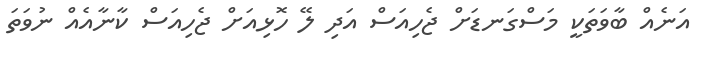
އަނެއް ބާވަތަކީ މަސްގަނޑަށް ޖެހިއަސް އަދި ލޭ ހޮޅިއަށް ޖެހިއަސް ކާނާއެއް ނުވަތަ